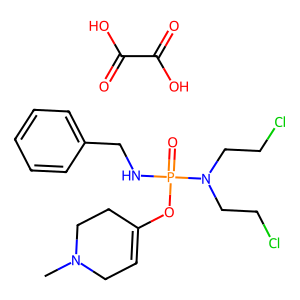
SMILES: CN1CC=C(OP(=O)(NCc2ccccc2)N(CCCl)CCCl)CC1.O=C(O)C(=O)O
Inhibits HIV replication: No